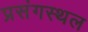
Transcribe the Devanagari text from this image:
प्रसंगस्थल